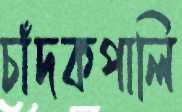
চাঁদকপালি